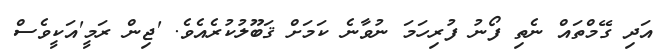
އަދި ގޭމްތައް ނެތި ފޯނު ފުރިހަމަ ނުވާނެ ކަމަށް ޤަބޫލުކުރެއެވެ. 'ޖިން ރަމީ'އަކީވެސް